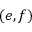
( e , f )